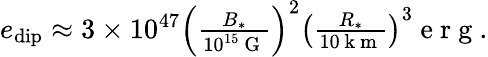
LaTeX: \begin{array}{r}{e_{\mathrm{dip}}\approx 3\times 10^{47}\left(\frac{B_{*}}{10^{15}\mathrm{~G~}}\right)^{2}\left(\frac{R_{*}}{10\mathrm{~k~m~}}\right)^{3}\mathrm{~e~r~g~}.}\end{array}